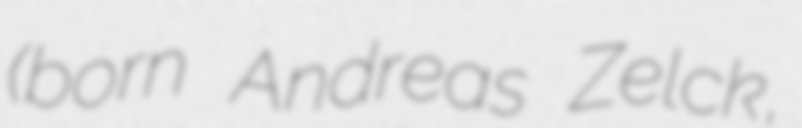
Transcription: (born Andreas Zelck,